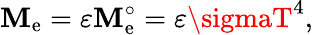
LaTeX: \mathbf{M}_{\mathrm{{e}}}=\varepsilon\mathbf{M}_{\mathrm{{e}}}^{\circ}=\varepsilon\sigmaT^{4},